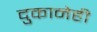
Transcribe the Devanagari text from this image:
दुकानेही